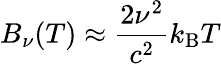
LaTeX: B_{\nu}(T)\approx{\frac{2\nu^{2}}{c^{2}}}k_{\mathrm{B}}T